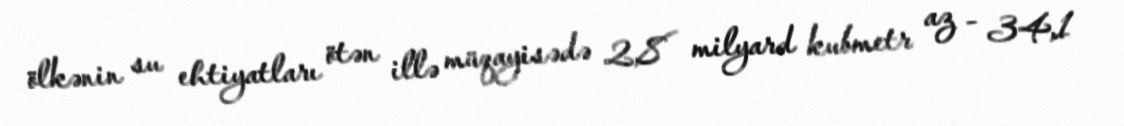
ölkənin su ehtiyatları ötən illə müqayisədə 2,8 milyard kubmetr az - 34,1